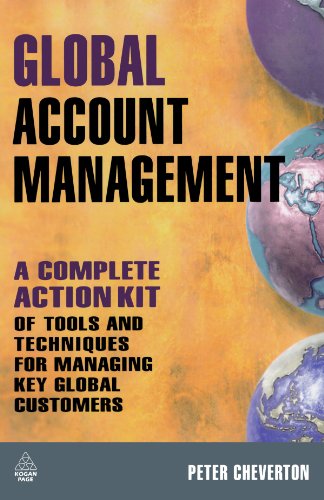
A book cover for Global Account Management: A Complete Action Kit of Tools and Techniques for Managing Key Global Customers; Peter Cheverton; Business & Money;